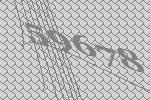
59678